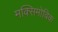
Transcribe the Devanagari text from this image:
मक्सिमोविक